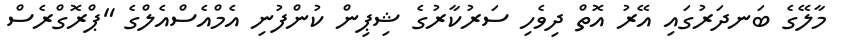
މާލޭގެ ބަނދަރުގައި އޭރު އޮތް ދިވެހި ސަރުކާރުގެ ޝިޕިން ކުންފުނި އެމްއެސްއެލްގެ "ޕްރޮގްރެސް